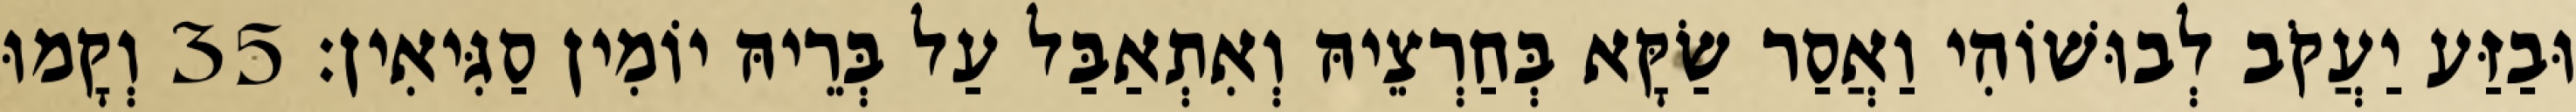
וּבַזַּע יַעֲקֹב לְבוּשׁוֹהִי וַאֲסַר שַׂקָּא בְּחַרְצֵיהּ וְאִתְאַבַּל עַל בְּרֵיהּ יוֹמִין סַגִּיאִין׃ 35 וְקָמוּ